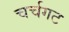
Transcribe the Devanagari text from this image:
चर्चगट